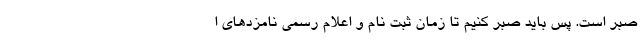
صبر است. پس باید صبر کنیم تا زمان ثبت نام و اعلام رسمی نامزدهای ا